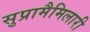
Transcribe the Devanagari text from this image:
सुप्रामैमिलारी